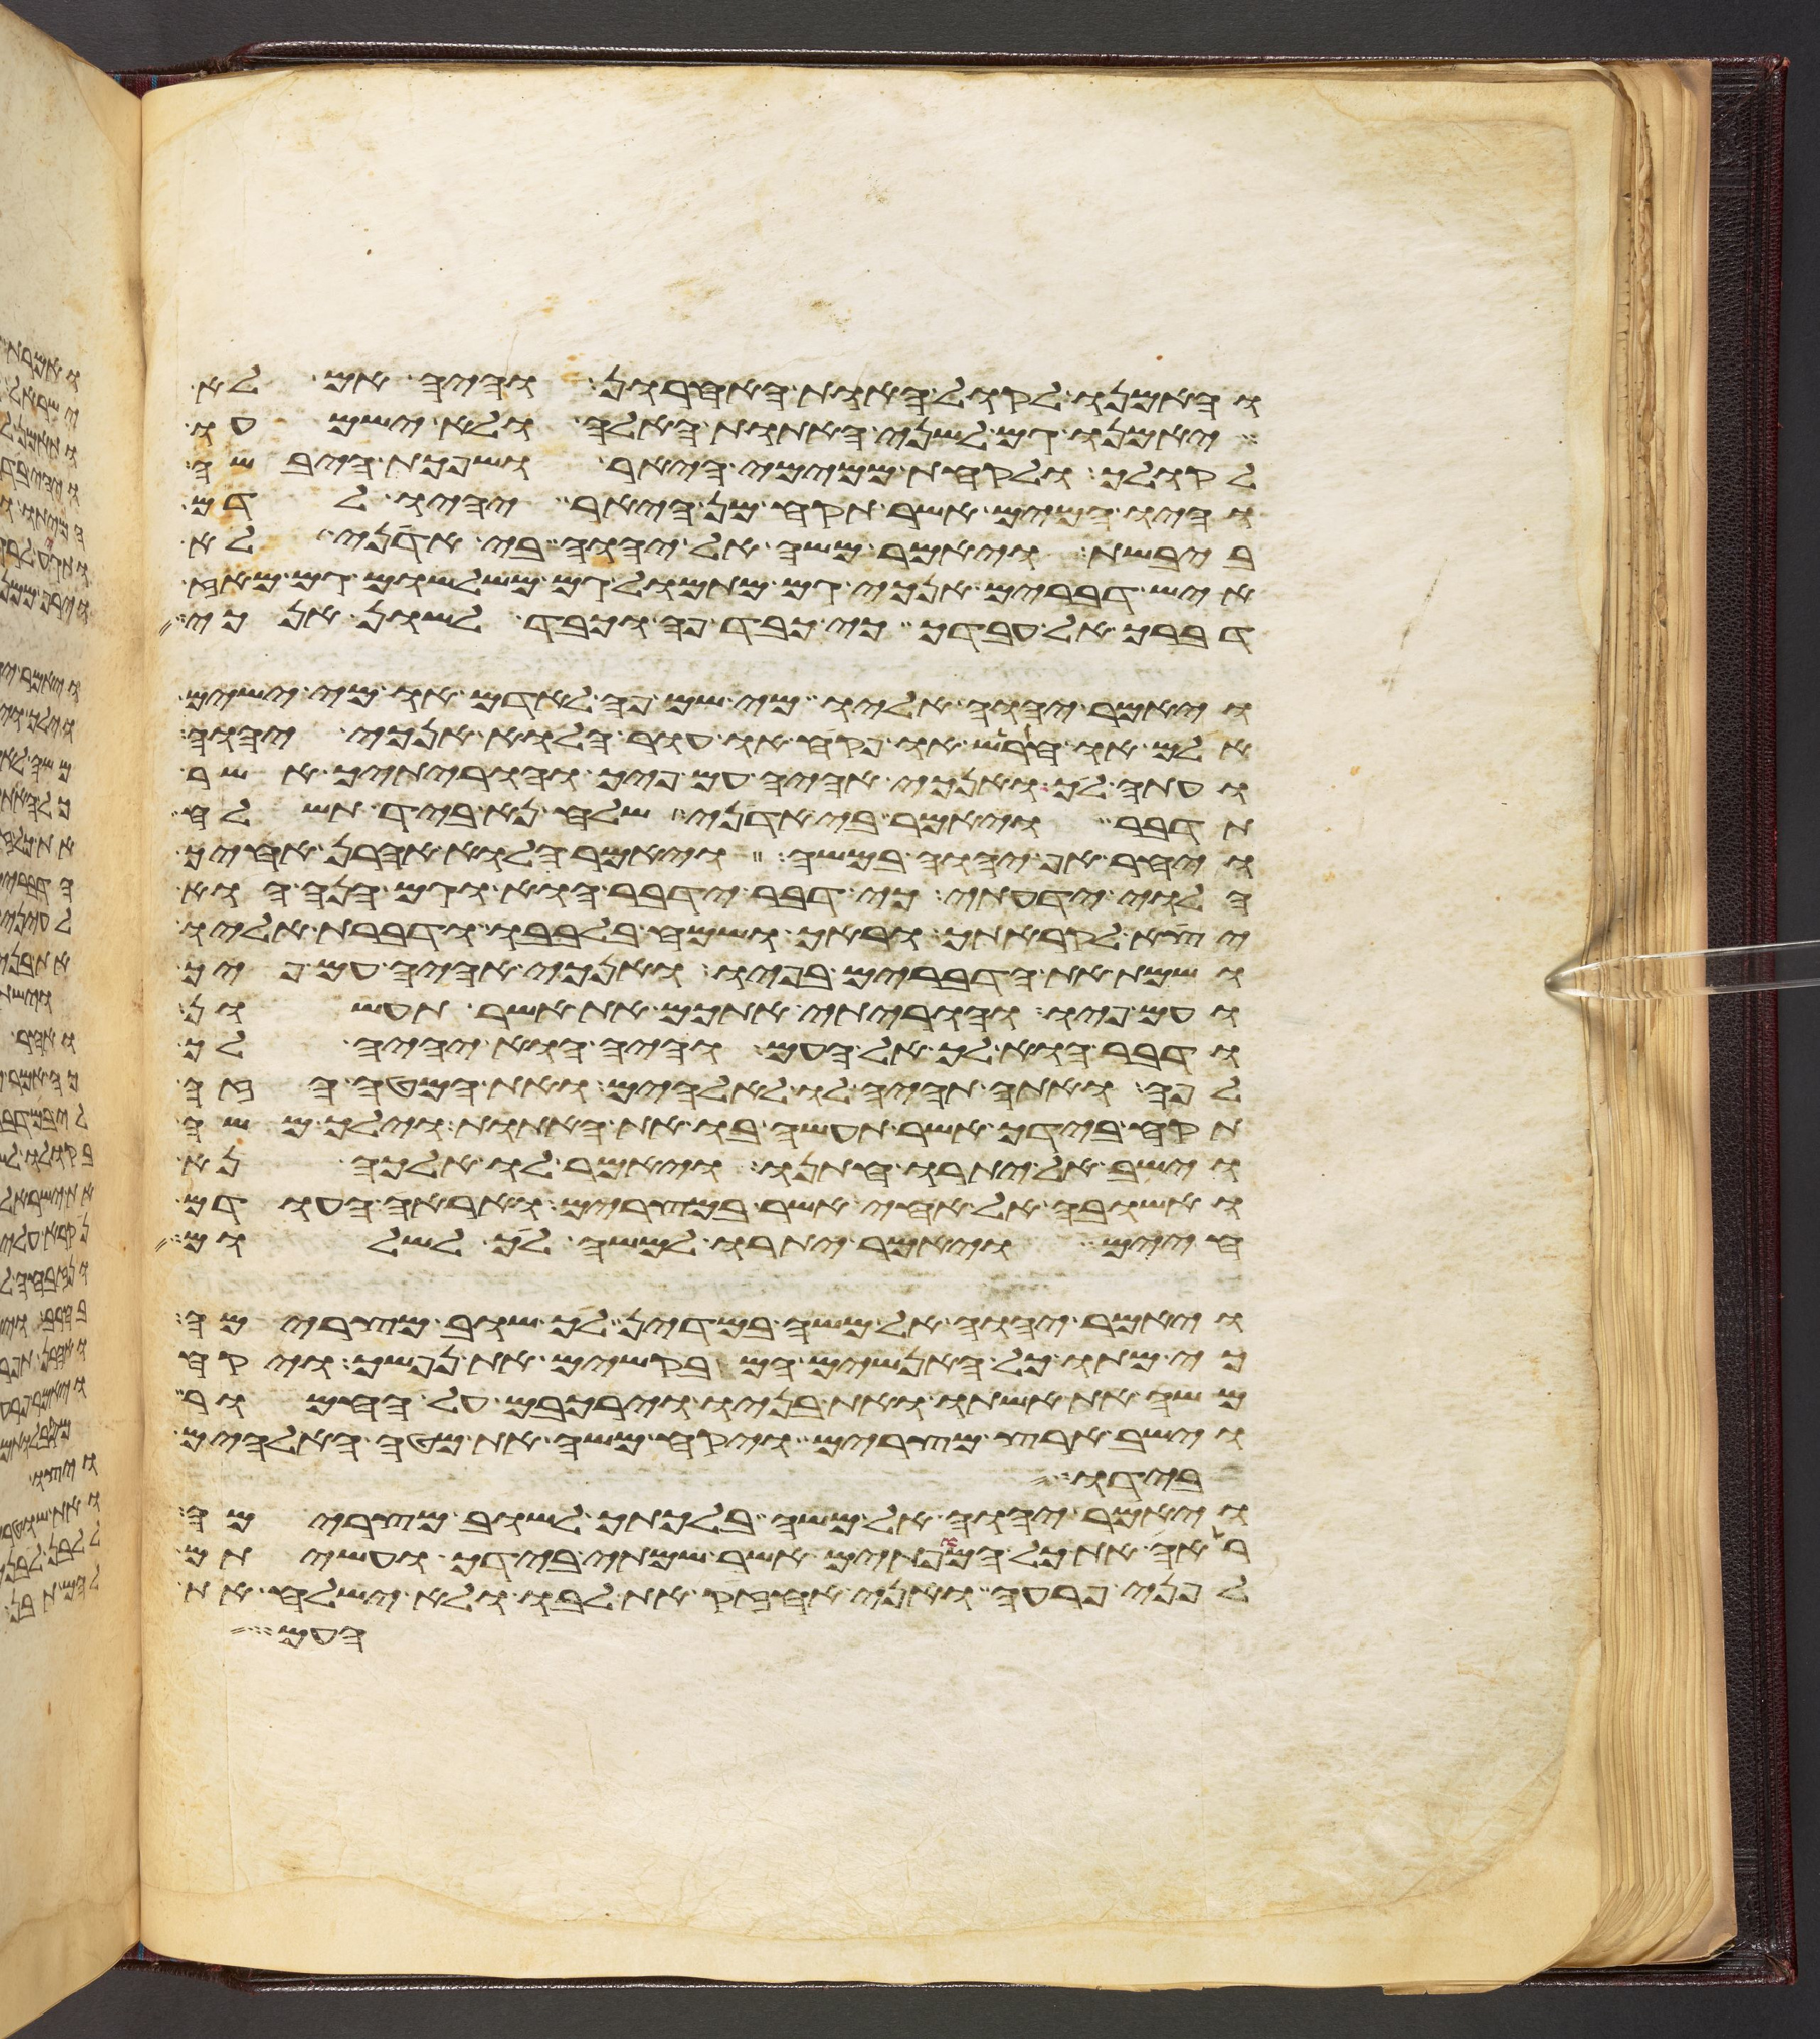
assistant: והאמנו לקול האות האחרון והיה אם לא
יאמנו גם לשני האתות האלה ולא ישמעו
לקולך ולקחת ממימי היאר ושפכת היבשה
והיו המים אשר תקח מן היאר יהיו לדם
ביבשת ויאמר משה אל יהוה בי אדני לא
איש דברים אנכי גם מתמול גם משלשום גם מאז
דברך אל עבדך כי כבד פה וכבד לשון אנכי
ויאמר יהוה אליו מי שם פה לאדם או מי ישים
אלם או חרש או פקח או עור הלוא אנכי יהוה
ועתה לך ואנכי אהיה עם פיך והוריתיך אשר
תדבר ויאמר בי אדני שלח נא ביד תשלח
ויחר אף יהוה במשה ויאמר הלוא אהרן אחיך
הלוי ידעתי כי דבר ידבר הוא וגם הנה הוא
יצא לקראתך וראך ושמח בלבבו ודברת אליו
ושמת את הדברים בפיו ואנכי אהיה עם פיך
ועם פיו והוריתי אתכם את אשר תעשון
ודבר הוא לך אל העם והיה הוא יהיה לך
לפה ואתה תהיה לו לאלהים ואת המטה הזה
תקח בידך אשר תעשה בו את האתות וילך משה
וישב אל יתרו חתנו ויאמר לו אלכה נא
ואשובה אל אחי אשר במצרים ואראה העודם
חיים ויאמר יתרו למשה לך לשלום
ויאמר יהוה אל משה במדין לך שוב מצרימה
כי מתו כל האנשים המבקשים את נפשך ויקח
משה את אשתו ואת בניו וירכבם על החמור
וישב ארץ מצרים ויקח משה את מטה האלהים
בידו
ויאמר יהוה אל משה בלכתך לשוב מצרימה
ראה את כל המופתים אשר שמתי בידך ועשיתם
לפני פרעה ואני אחזיק את לבו ולא ישלח את
העם